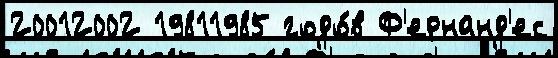
20012002 19811985 годо́в Ф'ернанд'ес